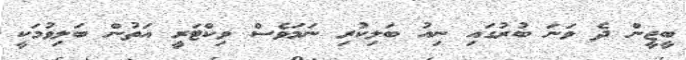
ބީޖީން ދެ ވަނަ ބުރުގައި ނިއު ބަލިކުރި ނަމަވެސް ވިކްޓަރީ އަތުން ބަލިވުމަކީ